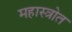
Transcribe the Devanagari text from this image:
महास्त्रोत